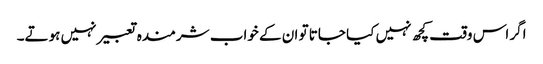
اگر اس وقت کچھ نہیں کیا جاتا تو ان کے خواب شرمندہ تعبیر نہیں ہوتے۔